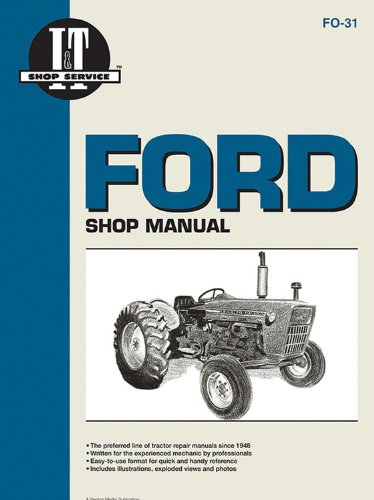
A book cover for Ford Shop Manual Series 2000 3000&4000 < 1975 (I & T Shopservice); Inc. Haynes Manuals; Science & Math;